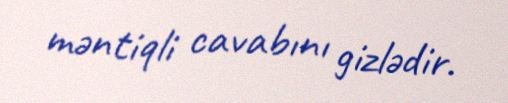
məntiqli cavabını gizlədir.